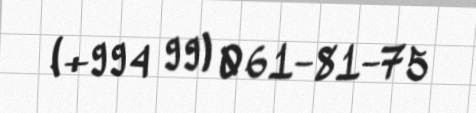
(+994 99) 061-81-75